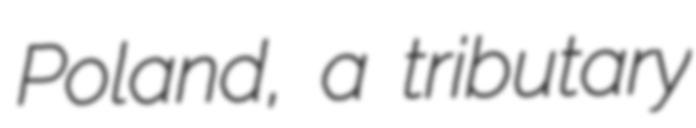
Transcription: Poland, a tributary